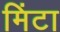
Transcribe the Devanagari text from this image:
मिंटा